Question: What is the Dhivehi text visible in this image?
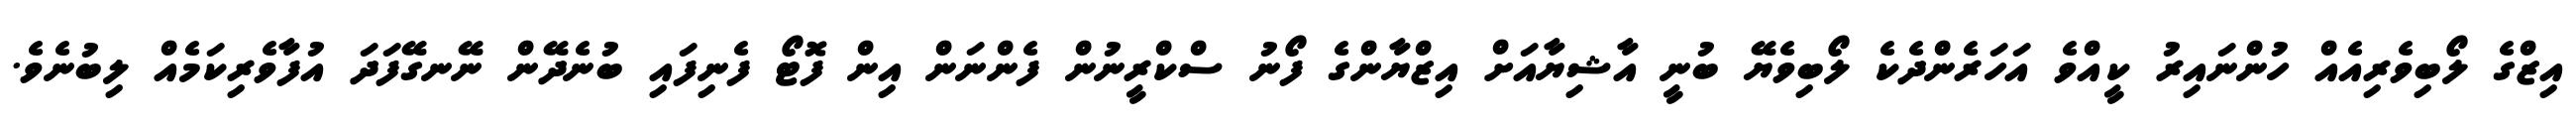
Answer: އިޒްގެ ލޯބިވެރިއެއް ހުންނައިރު ކީއްވެ އަހަރެންދެކެ ލޯބިވެޔޭ ބުނީ އާޝިޔާއަށް އިޒްޔާންގެ ފޯނު ސްކްރީނުން ފެންނަން އިން ފޮޓޯ ފެނިފައި ބުނެދޭން ނޭނގޭފަދަ އުފާވެރިކަމެއް ލިބުނެވެ.